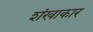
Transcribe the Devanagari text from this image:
शंखाकार